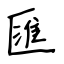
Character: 匯